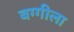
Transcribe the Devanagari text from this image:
बग्गीला